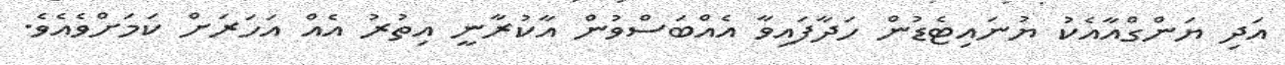
އަދި ޔަންގްއާއެކު ޔުނައިޓެޑުން ހަދާފައިވާ އެއްބަސްވުން އާކުރާނީ އިތުރު އެއް އަހަރަށް ކަމަށްވެއެވެ.